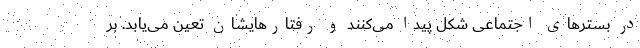
در بسترهای اجتماعی شکل پیدا می‌کنند و رفتارهایشان تعین می‌یابد. بر